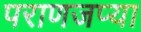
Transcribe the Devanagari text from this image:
पराणजप्या